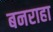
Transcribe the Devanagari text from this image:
बनराहा